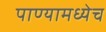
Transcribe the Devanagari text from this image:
पाण्यामध्येच